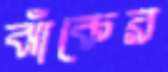
ঝাঁকের